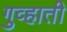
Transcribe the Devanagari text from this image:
गुव्हाती